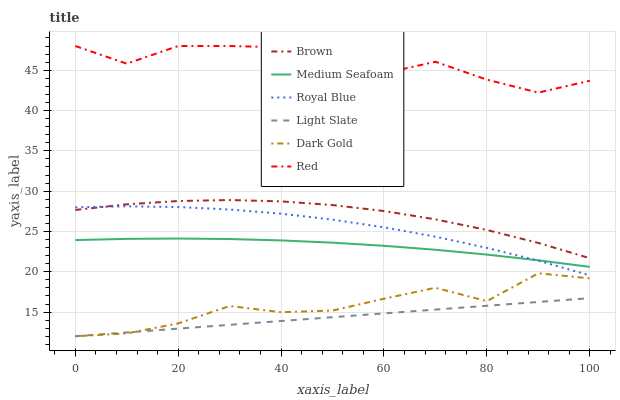
| xaxis_label | Brown | Medium Seafoam | Royal Blue | Light Slate | Dark Gold | Red |
 | --- | --- | --- | --- | --- | --- | --- |
 | 0 | 27.7 | 23.9 | 28 | 12 | 12 | 48 |
 | 10 | 28.4 | 24.1 | 28.1 | 12.5 | 12.4 | 45.8 |
 | 20 | 28.8 | 24.1 | 28 | 12.9 | 13.6 | 48 |
 | 30 | 28.9 | 24.1 | 27.7 | 13.4 | 15.7 | 48 |
 | 40 | 28.7 | 23.9 | 27.2 | 13.9 | 15 | 47.8 |
 | 50 | 28.3 | 23.6 | 26.5 | 14.4 | 15.2 | 46.1 |
 | 60 | 27.5 | 23.2 | 25.5 | 14.8 | 16.7 | 44.6 |
 | 70 | 26.5 | 22.7 | 24.3 | 15.3 | 18 | 46 |
 | 80 | 25.2 | 22.1 | 23 | 15.8 | 16.4 | 43.8 |
 | 90 | 23.6 | 21.4 | 21.4 | 16.3 | 19.8 | 42.2 |
 | 100 | 21.7 | 20.6 | 19.6 | 16.7 | 19.2 | 43.7 |